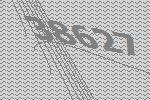
38627